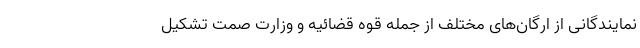
نمایندگانی از ارگان‌های مختلف از جمله قوه قضائیه و وزارت صمت تشکیل